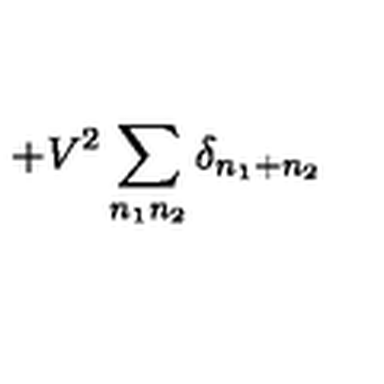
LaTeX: + V ^ { 2 } \sum _ { n _ { 1 } n _ { 2 } } \delta _ { n _ { 1 } + n _ { 2 } }